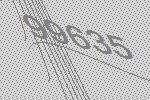
99635